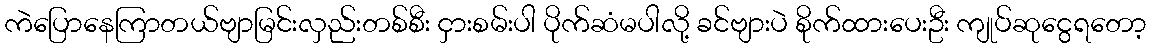
ကဲပြောနေကြာတယ်ဗျာမြင်းလှည်းတစ်စီး ငှားစမ်းပါ ပိုက်ဆံမပါလို့ ခင်ဗျားပဲ စိုက်ထားပေးဦး ကျုပ်ဆုငွေရတော့